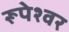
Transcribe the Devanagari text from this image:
रूपेश्वर